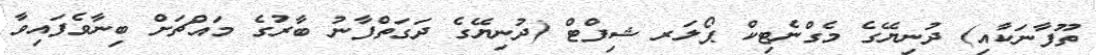
ތޫފާނަކާއި) ދުނިޔޭގެ މެގްނެޓިކް ޕޯލަރ ޝިފްޓް (ދުނިޔޭގެ ދަގަތްފާނު ބާރުގެ މައްޗަށް ބިނާވެފައިވާ